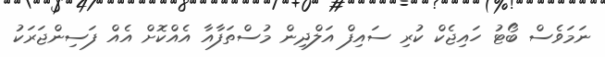
ނަމަވެސް ބޯޓު ހައިޖެކް ކުރި ސައިފް އަލްދިން މުސްތަފާއާ އެއްކޮށް އެއް ފަސިންޖަރަކު